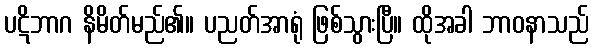
ပဋိဘာဂ နိမိတ်မည်၏။ ပညတ်အာရုံ ဖြစ်သွားပြီ။ ထိုအခါ ဘာဝနာသည်